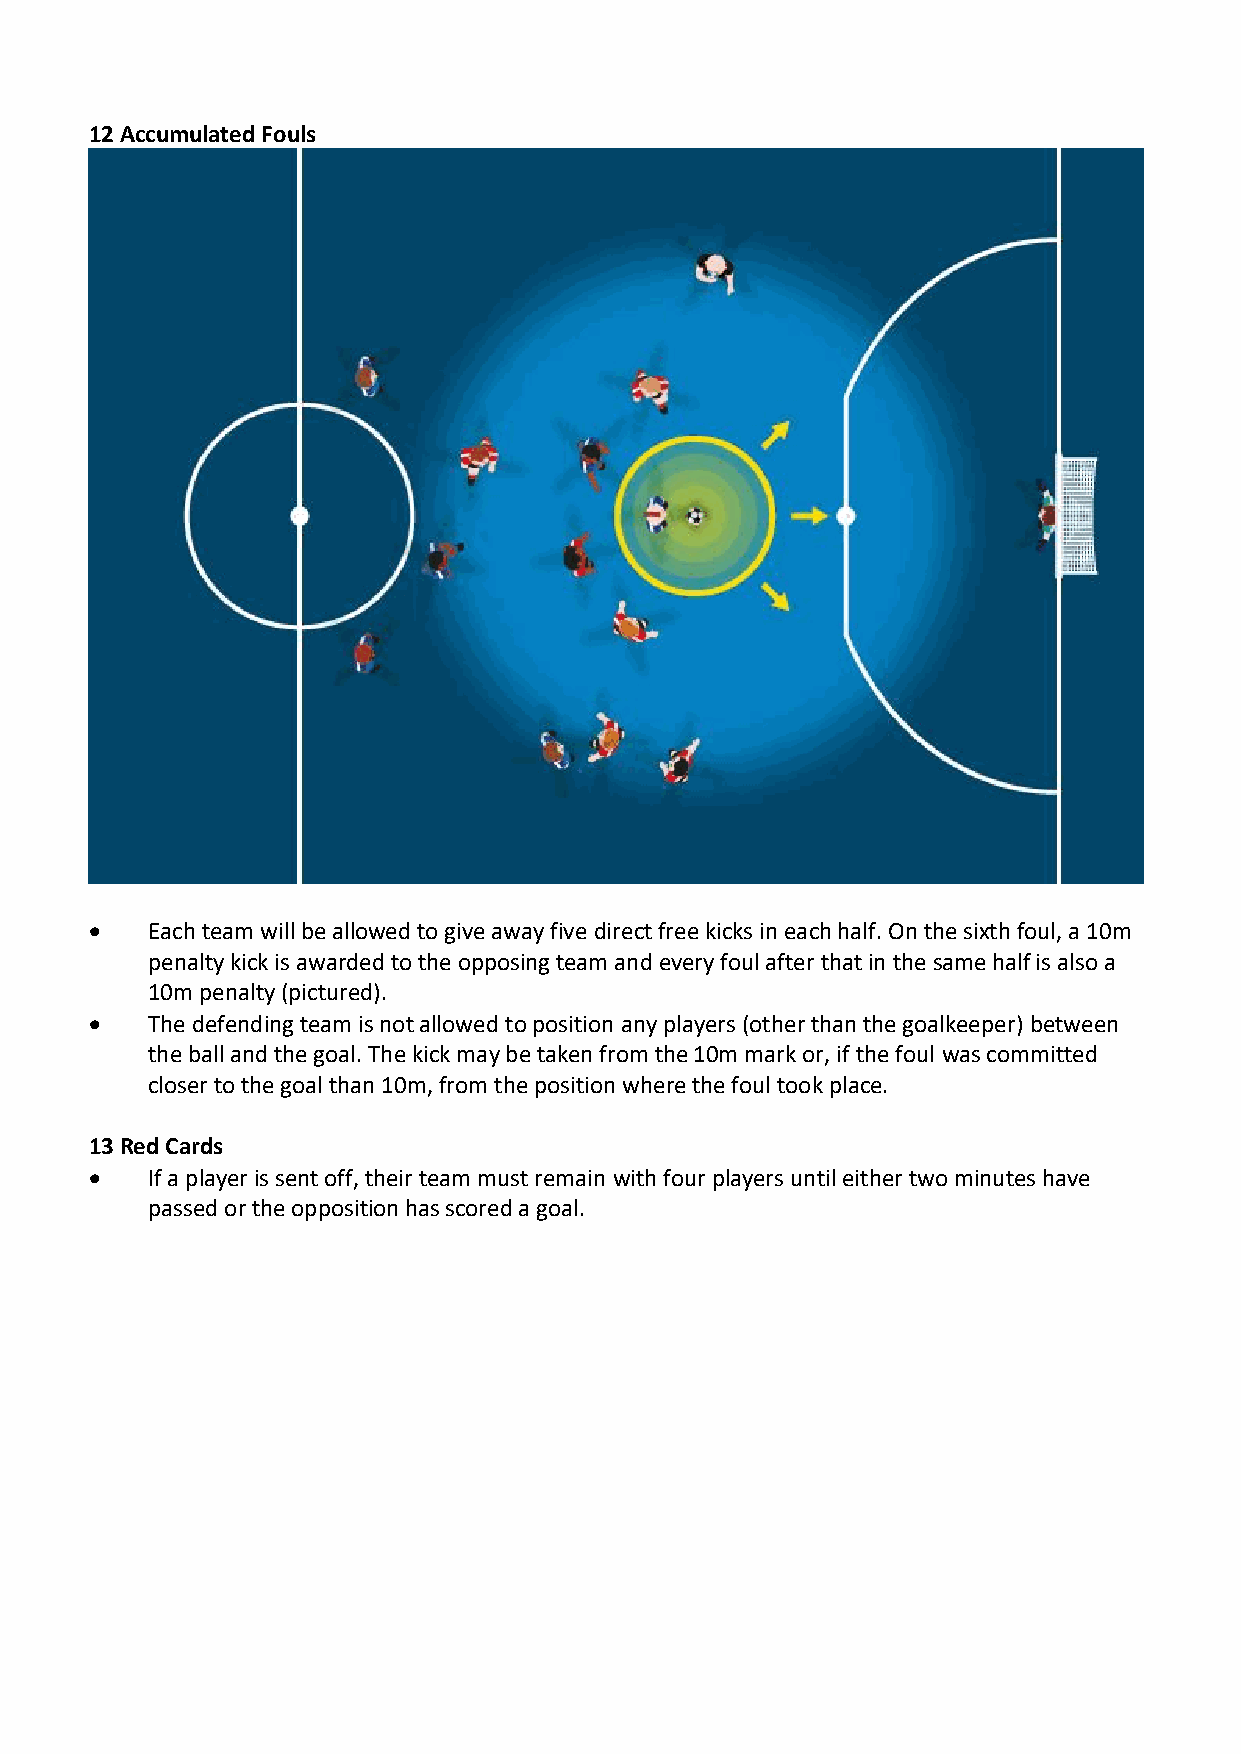
12 Accumulated Fouls
 •   Each team will be allowed to give away five direct free kicks in each half. On the sixth foul, a 10m
 penalty kick is awarded to the opposing team and every foul after that in the same half is also a
 10m penalty (pictured).
 •   The defending team is not allowed to position any players (other than the goalkeeper) between
 the ball and the goal. The kick may be taken from the 10m mark or, if the foul was committed
 closer to the goal than 10m, from the position where the foul took place.
 13 Red Cards
 •   If a player is sent off, their team must remain with four players until either two minutes have
 passed or the opposition has scored a goal.